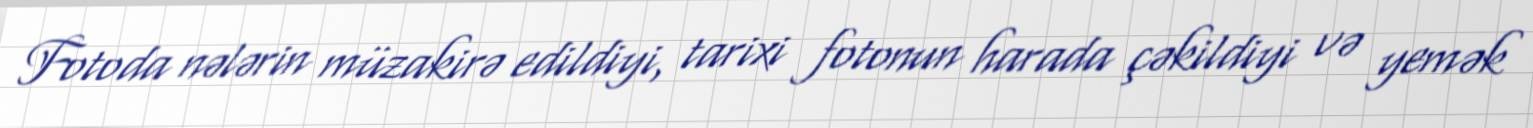
Fotoda nələrin müzakirə edildiyi, tarixi fotonun harada çəkildiyi və yemək